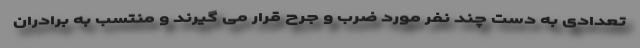
تعدادی به دست چند نفر مورد ضرب و جرح قرار می گیرند و منتسب به برادران